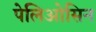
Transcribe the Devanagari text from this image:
पेलिओसिन